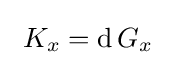
\ K_{x}=\operatorname {d} G_{x}\